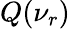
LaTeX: Q(\nu_{r})